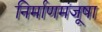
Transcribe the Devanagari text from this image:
निर्माणमंजूषा